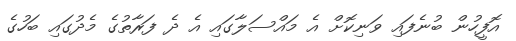
އޮފީހުން ބުނެފައި ވަނިކޮށް އެ މައްސަލާގައި އެ ދެ ފަރާތުގެ މެދުގައި ބަހުގެ